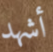
أشهد